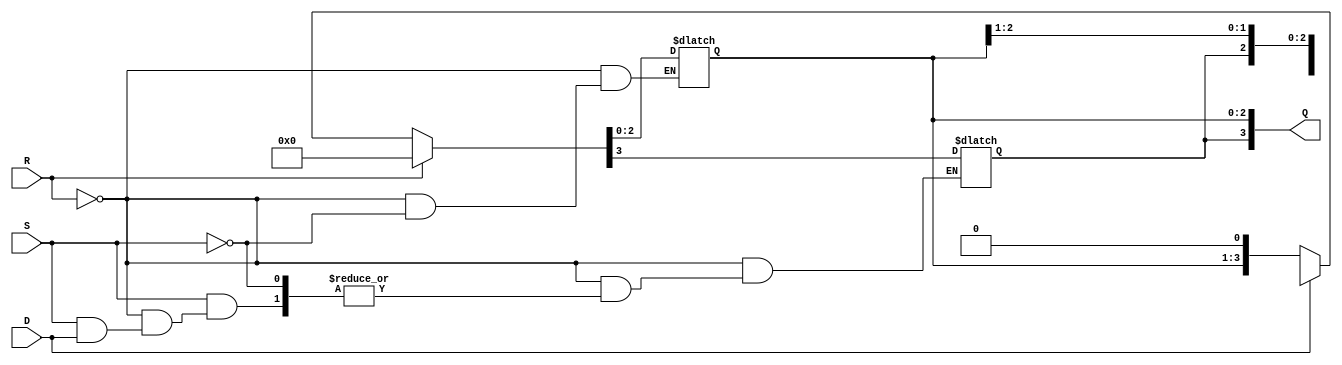
module async_shift_counter (
    input wire S,          // Shift input
    input wire R,          // Asynchronous reset
    input wire D,          // Direction (0 for left, 1 for right)
    output reg [3:0] Q     // 4-bit Counter output
);

    // Asynchronous reset
    always @* begin
        if (R) begin
            Q = 4'b0000; // Reset counter to zero
        end else if (S) begin
            if (D) begin
                // Shift right
                Q = {Q[3], Q[3:1]}; // Shift bits to the right, MSB is reused
            end else begin
                // Shift left
                Q = {Q[2:0], 1'b0}; // Shift bits to the left, LSB is filled with 0
            end
        end
    end

endmodule